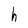
Character: h